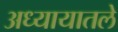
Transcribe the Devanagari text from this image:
अध्‍यायातले